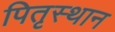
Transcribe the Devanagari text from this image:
पितृस्थान